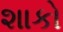
શાકો